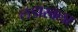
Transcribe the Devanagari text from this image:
लडाखला